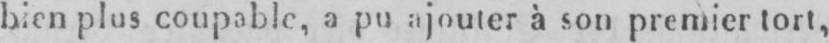
bien plus coupable, a pu ajouter à son premier tort,